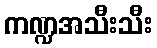
ကဏ္ဍအသီးသီး